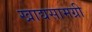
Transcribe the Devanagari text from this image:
खाद्यसामग्री